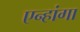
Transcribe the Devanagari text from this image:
एन्हांगा